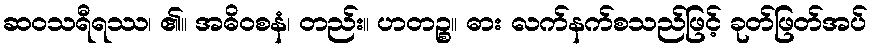
ဆဝသရီရဿ၊ ၏။ အဓိဝစနံ၊ တည်း။ ဟတဉ္စ။ ဓား လက်နက်စသည်ဖြင့် ခုတ်ဖြတ်အပ်